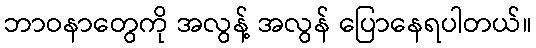
ဘာဝနာတွေကို အလွန့် အလွန် ပြောနေရပါတယ်။